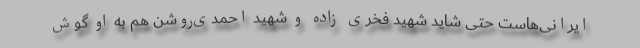
ایرانی‌هاست حتی شاید شهید فخری زاده و شهید احمدی‌روشن هم به او گوش